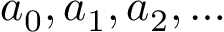
a _ { 0 } , a _ { 1 } , a _ { 2 } , \dots